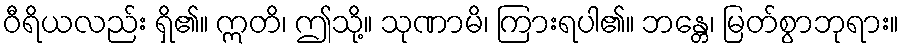
ဝီရိယလည်း ရှိ၏။ ဣတိ၊ ဤသို့။ သုဏာမိ၊ ကြားရပါ၏။ ဘန္တေ၊ မြတ်စွာဘုရား။